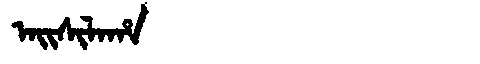
Manchu: ᠠᡳᠰᡳᠯᠠᡥᠠ
Romanization: AISILAHA